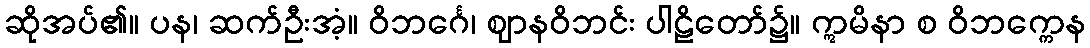
ဆိုအပ်၏။ ပန၊ ဆက်ဦးအံ့။ ဝိဘင်္ဂေ၊ ဈာနဝိဘင်း ပါဠိတော်၌။ ဣမိနာ စ ဝိဘက္ကေန